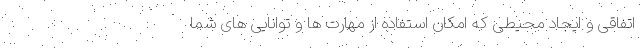
اتفاقی و ایجاد محیطی که امکان استفاده از مهارت ها و توانایی های شما